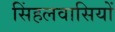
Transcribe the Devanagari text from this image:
सिंहलवासियों